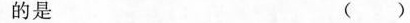
的是 ( )